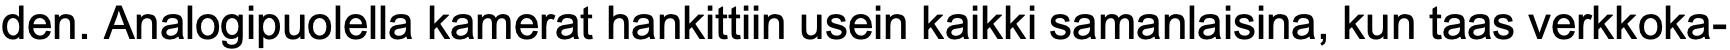
den. Analogipuolella kamerat hankittiin usein kaikki samanlaisina, kun taas verkkoka-